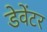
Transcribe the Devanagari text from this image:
डेवेंटर